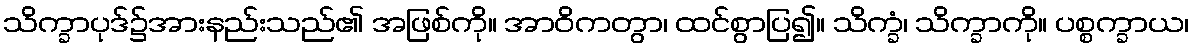
သိက္ခာပုဒ်၌အားနည်းသည်၏ အဖြစ်ကို။ အာဝိကတွာ၊ ထင်စွာပြ၍။ သိက္ခံ၊ သိက္ခာကို။ ပစ္စက္ခာယ၊